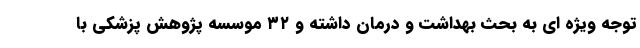
توجه ویژه ای به بحث بهداشت و درمان داشته و ۳۲ موسسه پژوهش پزشکی با